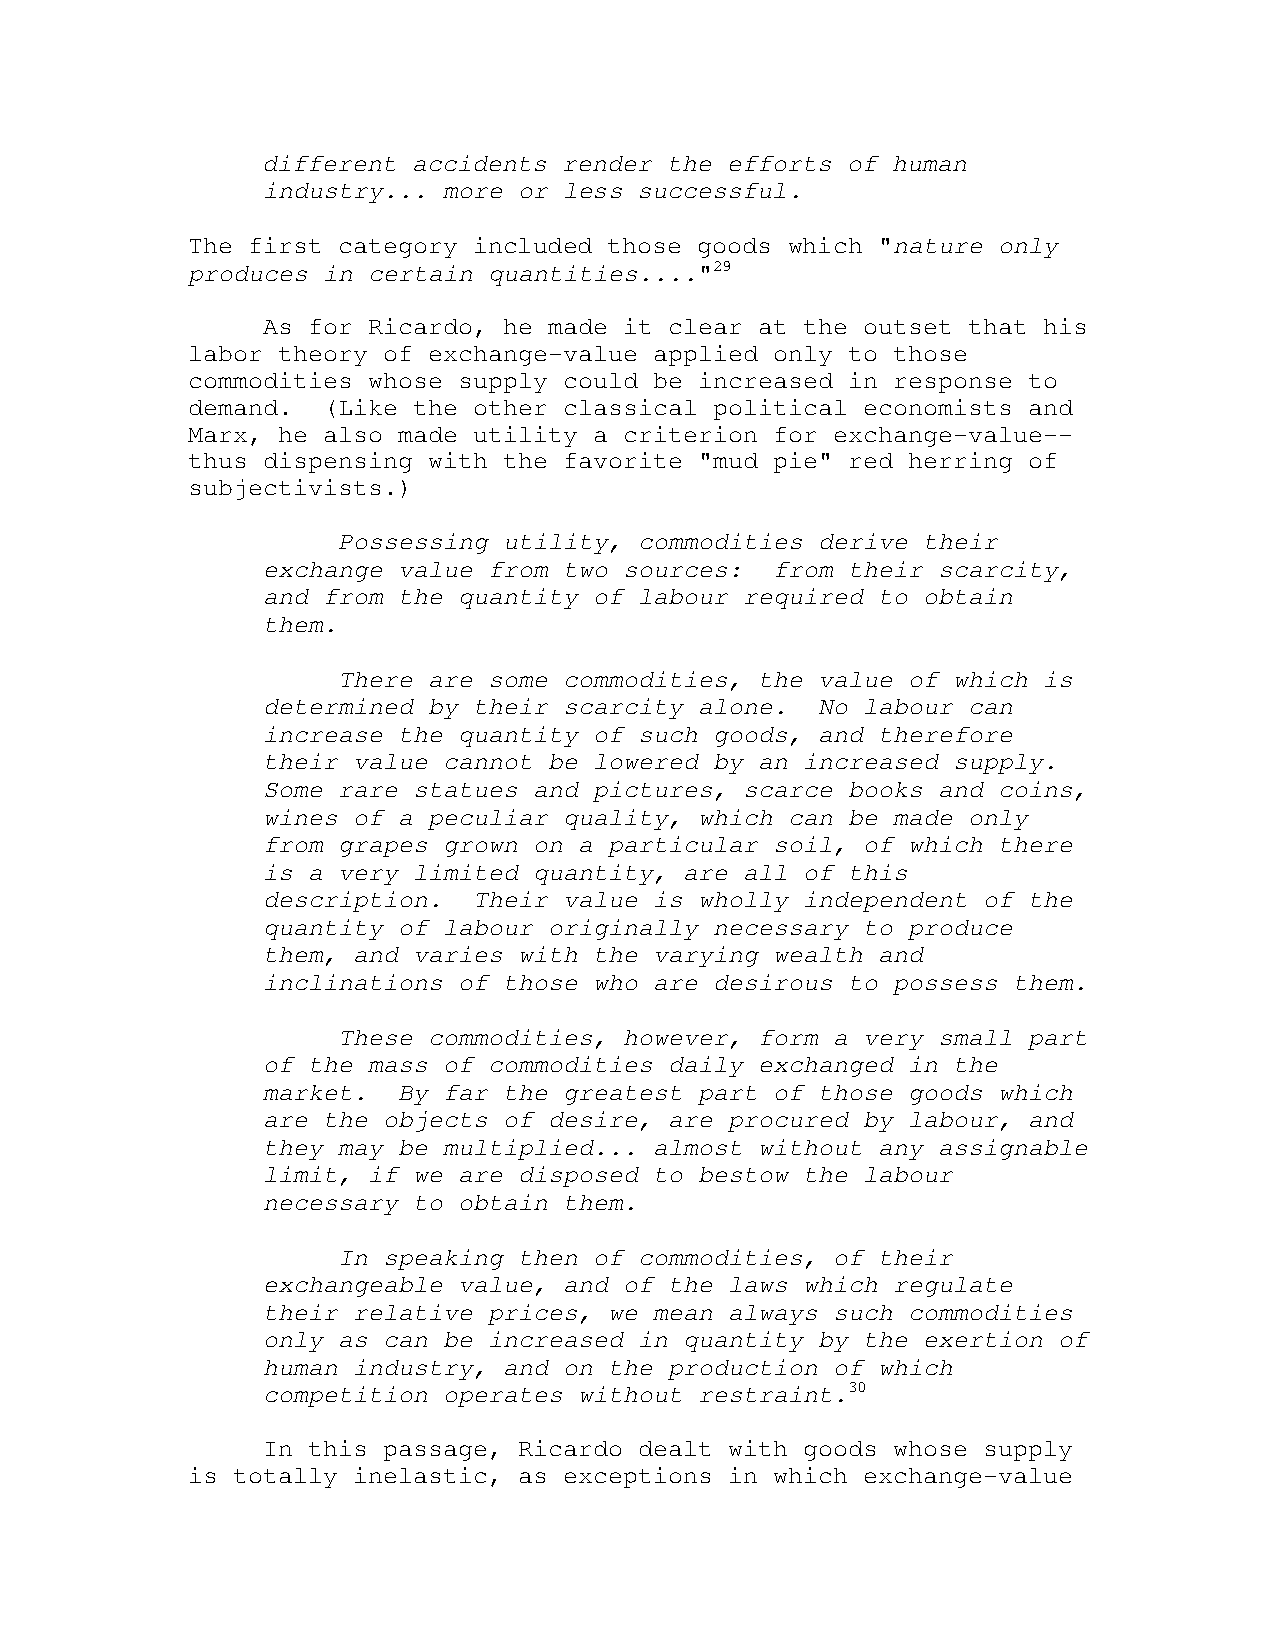
different accidents render the efforts of human
 industry... more or less successful.
 The first category included those goods which "nature only
 produces in certain quantities...."29
 As for Ricardo, he made it clear at the outset that his
 labor theory of exchange-value applied only to those
 commodities whose supply could be increased in response to
 demand.  (Like the other classical political economists and
 Marx, he also made utility a criterion for exchange-value--
 thus dispensing with the favorite "mud pie" red herring of
 subjectivists.)
 Possessing utility, commodities derive their
 exchange value from two sources:  from their scarcity,
 and from the quantity of labour required to obtain
 them.
 There are some commodities, the value of which is
 determined by their scarcity alone.  No labour can
 increase the quantity of such goods, and therefore
 their value cannot be lowered by an increased supply.
 Some rare statues and pictures, scarce books and coins,
 wines of a peculiar quality, which can be made only
 from grapes grown on a particular soil, of which there
 is a very limited quantity, are all of this
 description.  Their value is wholly independent of the
 quantity of labour originally necessary to produce
 them, and varies with the varying wealth and
 inclinations of those who are desirous to possess them.
 These commodities, however, form a very small part
 of the mass of commodities daily exchanged in the
 market.  By far the greatest part of those goods which
 are the objects of desire, are procured by labour, and
 they may be multiplied... almost without any assignable
 limit, if we are disposed to bestow the labour
 necessary to obtain them.
 In speaking then of commodities, of their
 exchangeable value, and of the laws which regulate
 their relative prices, we mean always such commodities
 only as can be increased in quantity by the exertion of
 human industry, and on the production of which
 competition operates without restraint.30
 In this passage, Ricardo dealt with goods whose supply
 is totally inelastic, as exceptions in which exchange-value